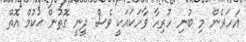
އަހަރެން މި ބުނި ހުރިހާ ވާހަކައަކީ ވެސް ދީނީ ގޮތުން ޙުކުމް އޮތް